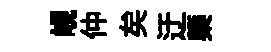
峴仲矣迂槩